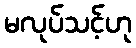
မလုပ်သင့်ဟု